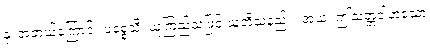
နု၊ အဘယ်ကြောင့်။ ပစ္စေသိ၊ ယုံကြည်သဖြင့် ယူဘိသနည်း။ အယံ၊ ဤသတ္တဝါဟူသော